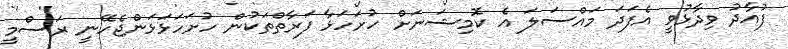
ފުއާދު ވިދާޅުވީ އެފަދަ މައްސަލަ އެ ކޮމިޝަނަށް ހުށަހަޅާ ފަރާތްތަކުން ހުށަހަޅަޅަންޖެހޭނީ ރަސްމީ